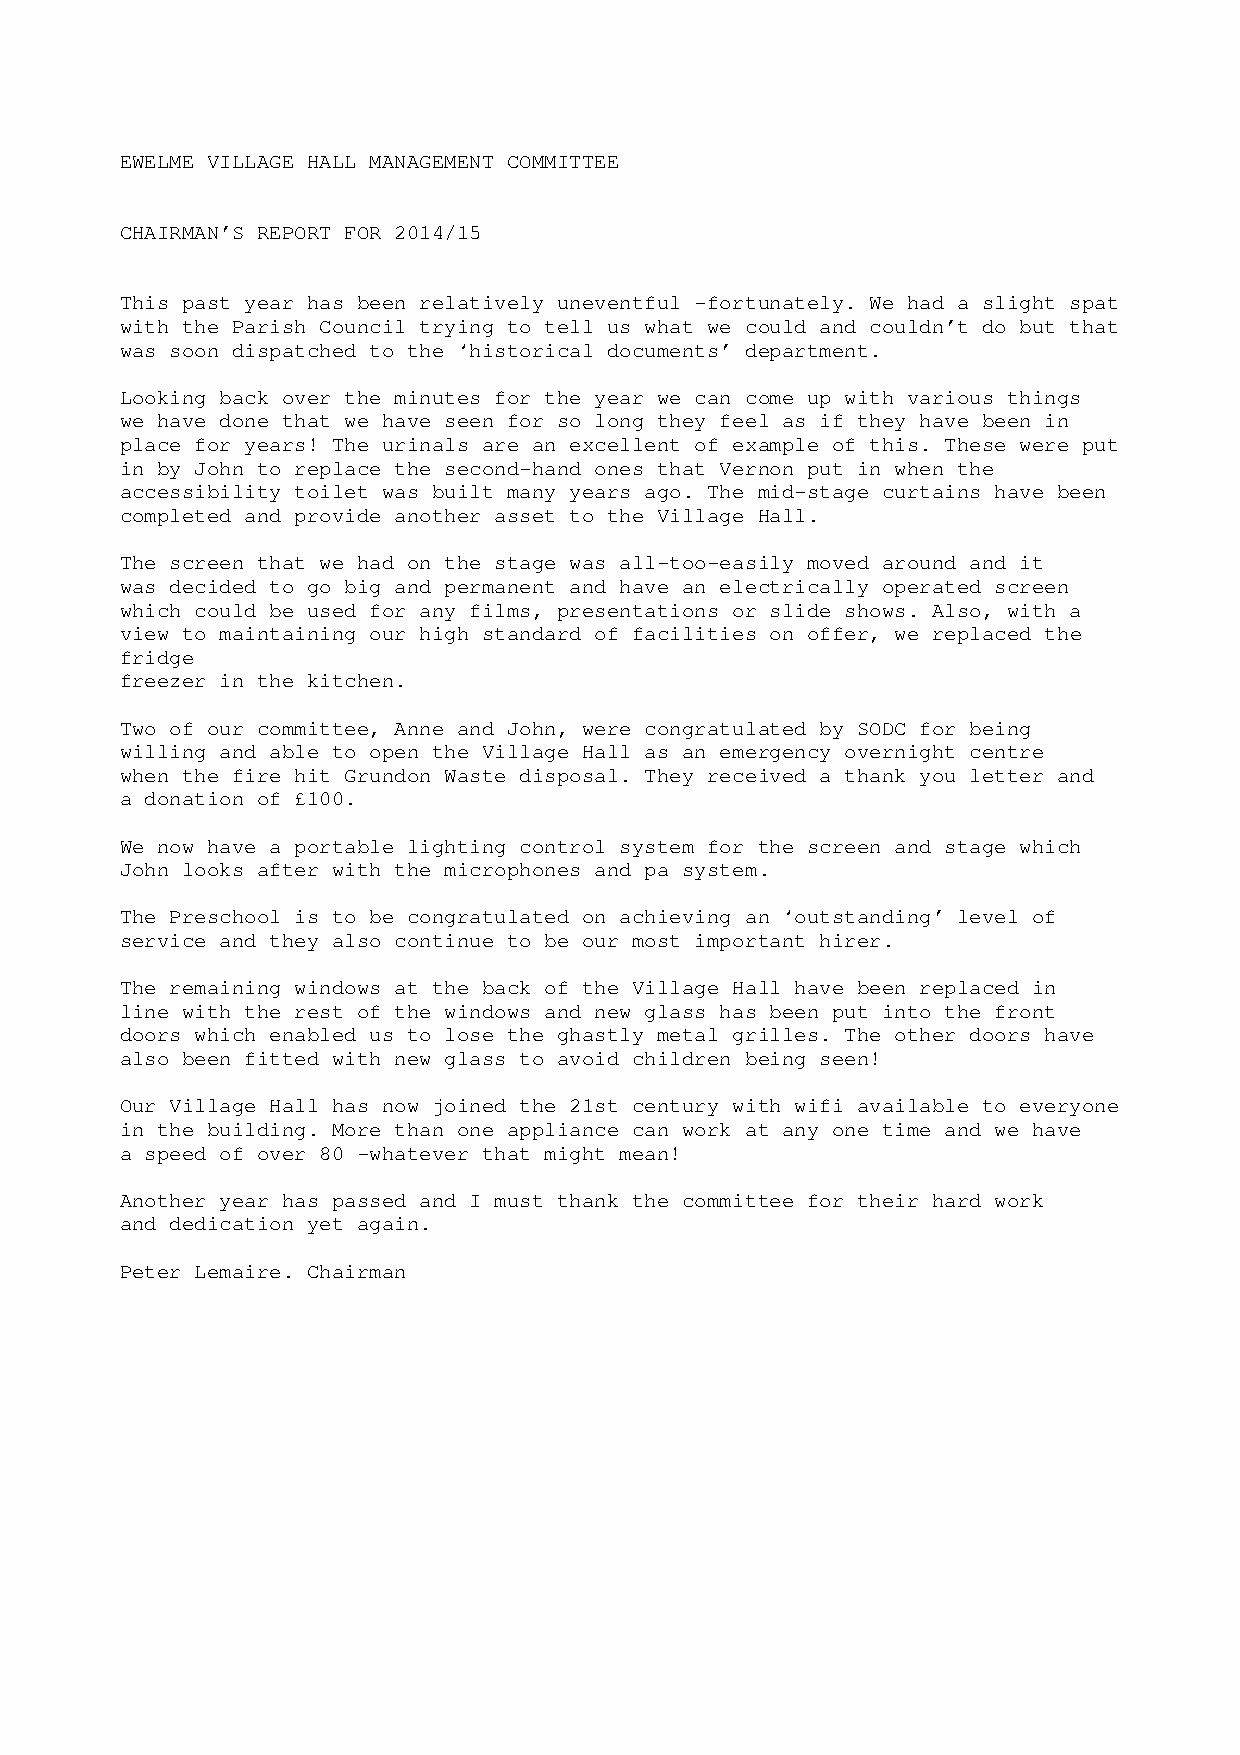
EWELME VILLAGE HALL MANAGEMENT COMMITTEE
 CHAIRMAN’S REPORT FOR 2014/15
 This past year has been relatively uneventful -fortunately. We had a slight spat
 with the Parish Council trying to tell us what we could and couldn’t do but that
 was soon dispatched to the ‘historical documents’ department.
 Looking back over the minutes for the year we can come up with various things
 we have done that we have seen for so long they feel as if they have been in
 place for years! The urinals are an excellent of example of this. These were put
 in by John to replace the second-hand ones that Vernon put in when the
 accessibility toilet was built many years ago. The mid-stage curtains have been
 completed and provide another asset to the Village Hall.
 The screen that we had on the stage was all-too-easily moved around and it
 was decided to go big and permanent and have an electrically operated screen
 which could be used for any films, presentations or slide shows. Also, with a
 view to maintaining our high standard of facilities on offer, we replaced the
 fridge
 freezer in the kitchen.
 Two of our committee, Anne and John, were congratulated by SODC for being
 willing and able to open the Village Hall as an emergency overnight centre
 when the fire hit Grundon Waste disposal. They received a thank you letter and
 a donation of £100.
 We now have a portable lighting control system for the screen and stage which
 John looks after with the microphones and pa system.
 The Preschool is to be congratulated on achieving an ‘outstanding’ level of
 service and they also continue to be our most important hirer.
 The remaining windows at the back of the Village Hall have been replaced in
 line with the rest of the windows and new glass has been put into the front
 doors which enabled us to lose the ghastly metal grilles. The other doors have
 also been fitted with new glass to avoid children being seen!
 Our Village Hall has now joined the 21st century with wifi available to everyone
 in the building. More than one appliance can work at any one time and we have
 a speed of over 80 -whatever that might mean!
 Another year has passed and I must thank the committee for their hard work
 and dedication yet again.
 Peter Lemaire. Chairman